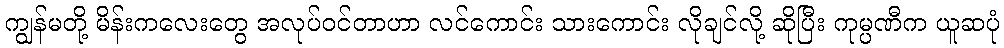
ကျွန်မတို့ မိန်းကလေးတွေ အလုပ်ဝင်တာဟာ လင်ကောင်း သားကောင်း လိုချင်လို့ ဆိုပြီး ကုမ္ပဏီက ယူဆပုံ